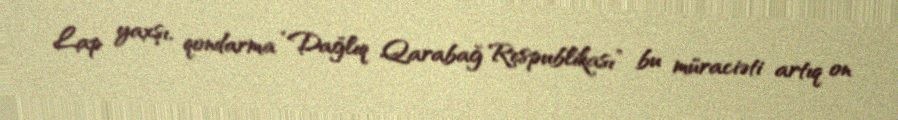
Lap yaxşı, qondarma “Dağlıq Qarabağ Respublikası” bu müraciəti artıq on